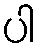
ပါ